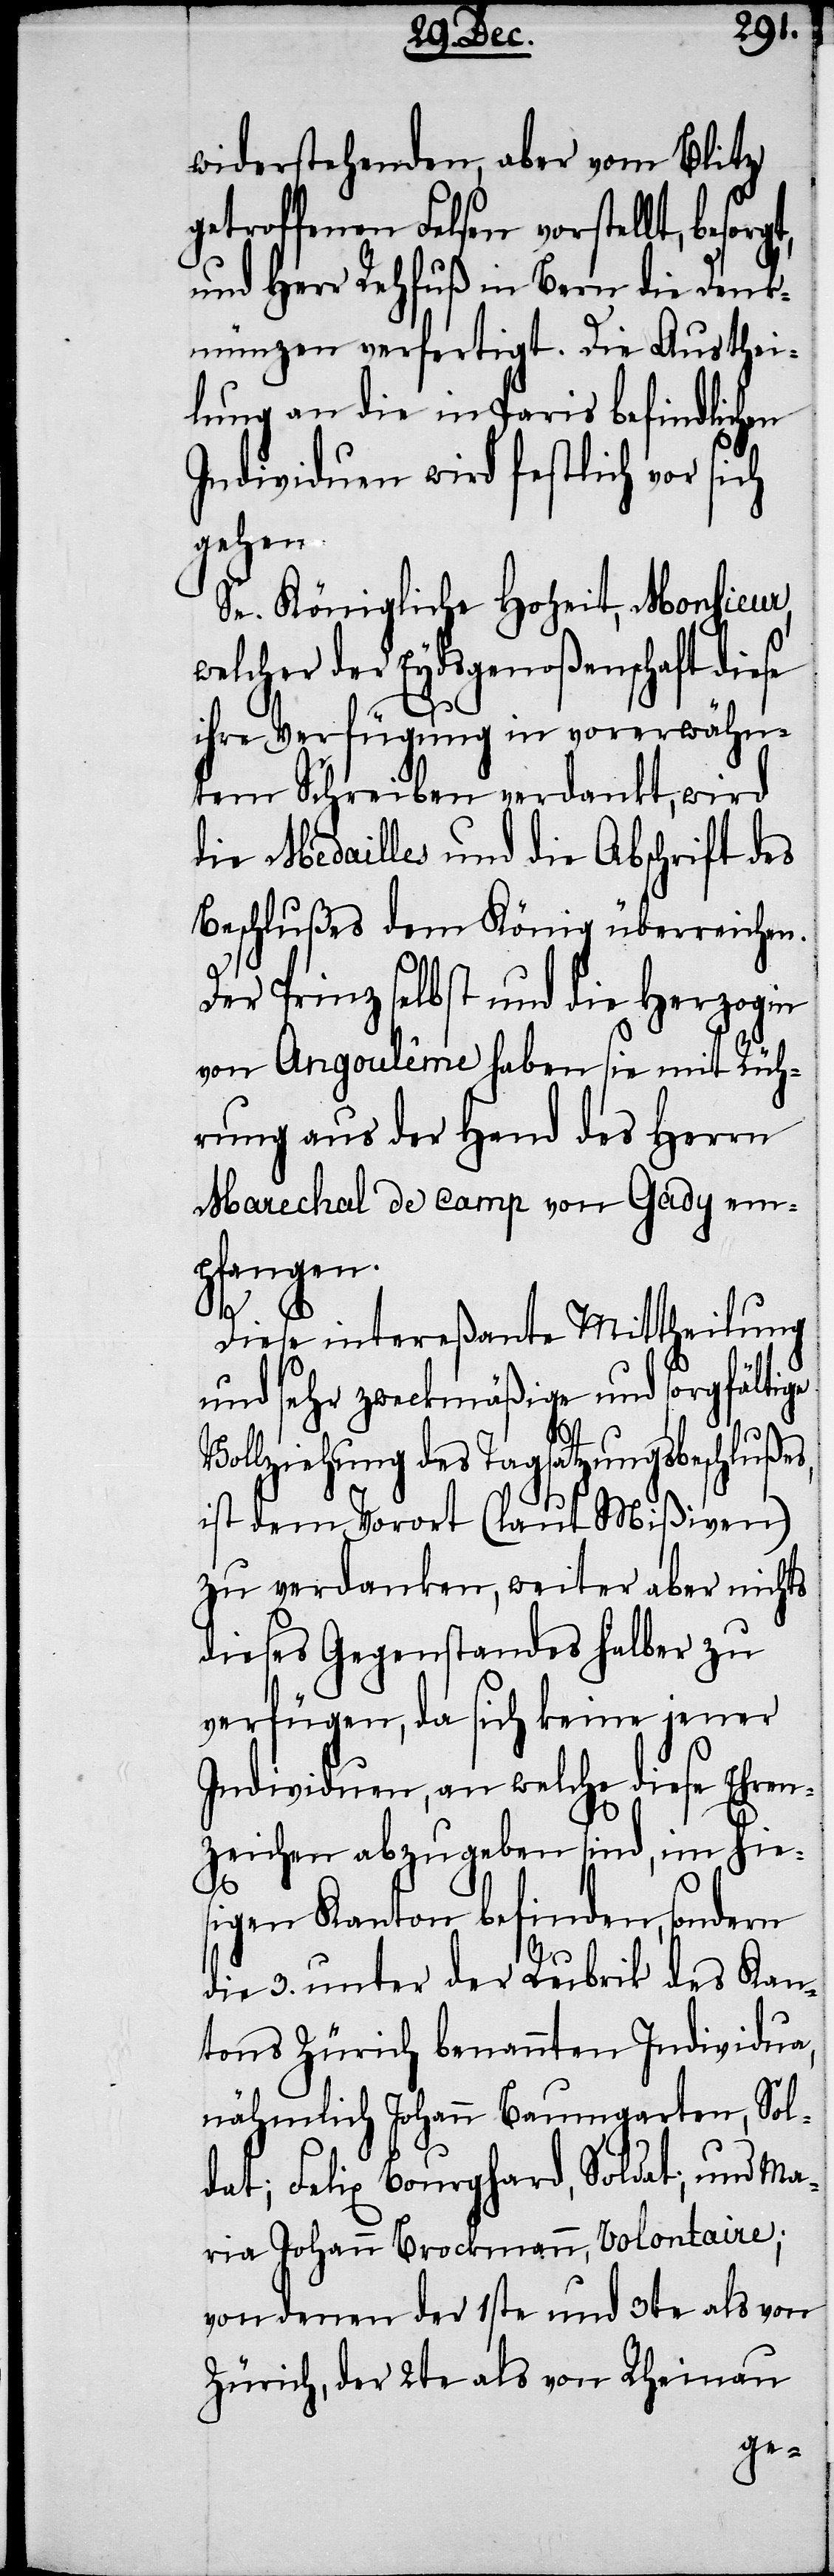
widerstehenden, aber vom Blitz
getroffenen Felsen vorstellt, besor¬
und Herr Rehfuß in Bern die Denk¬
münzen verfertigt. Die Austhei¬
lung an die in Paris befindlichen
Individuen wird festlich vor sich
gehen.
Se. Königliche Hoheit, Monsieur,
welcher der Eydsgenoßenschaft diese
ihre Verfügung in vorerwähn¬
tem Schreiben verdankt, wird
die Medailles und die Abschrift des
Beschlußes dem König überreichen.
Der Prinz selbst und die Herzogin
von Angoulême haben sie mit Rüh¬
rung aus der Hand des Herrn
Marechal de Camp von Gady em¬
pfangen.
Diese intereßante Mittheilung
und sehr zweckmäßige und sorgfältige
Vollziehung des Tagsatzungsbeschlußes,
ist dem Vorort (laut Mißiven)
zu verdanken, weiter aber nichts
dieses Gegenstandes halber zu
verfügen, da sich keine jener
Individuen, an welche diese Ehren¬
zeichen abzugeben sind, im hie¬
gt,
sigen Kanton befinden, sondern
die 3. unter der Rubrik des Kan¬
tons Zürich benannten Individua,
nähmlich Johann Baumgarten, Sol¬
dat; Felix Bourghard, Soldat; und Ma¬
ria Johann Brockmann, Volontaire;
von denen der 1ste und 3te als von
Zürich, der 2te als von Rheinau